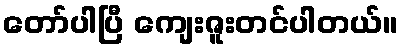
တော်ပါပြီ ကျေးဇူးတင်ပါတယ်။